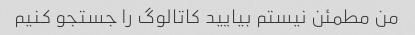
من مطمئن نیستم بیایید کاتالوگ را جستجو کنیم